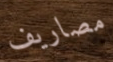
مصاريف